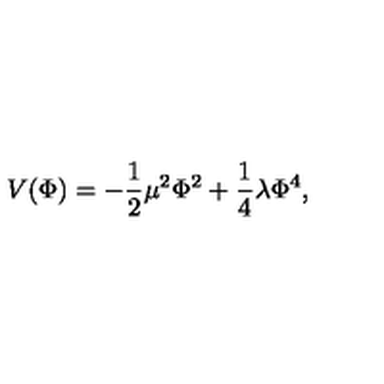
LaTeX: V ( \Phi ) = - \frac { 1 } { 2 } \mu ^ { 2 } \Phi ^ { 2 } + \frac { 1 } { 4 } \lambda \Phi ^ { 4 } ,